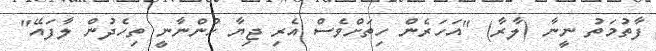
ފާތުމަތު ނީނާ (ލާރާ) "އަހަރެން ހިތަށްވެސް އެރި ޖިޔާ ހުންނާނީ ތިހެދުން ލާފައޭ"